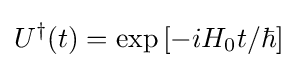
{U^{\dagger }}(t)=\exp \left[{-iH_{0}t}/\hbar \right]